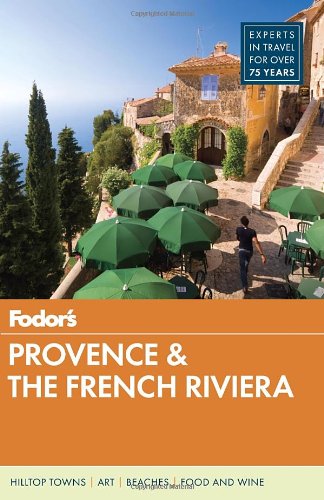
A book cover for Fodor's Provence & the French Riviera (Full-color Travel Guide); Fodor's; Travel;